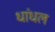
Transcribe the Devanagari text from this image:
धांधल